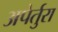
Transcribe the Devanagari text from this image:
अपेर्तुरा